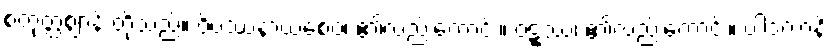
စတုတ္ထဈာန် တို့သည်။ ဝိပဿနာယစေဝ၊ ၏လည်းကောင်း။ ဝဋ္ဋဿ၊ ၏လည်းကောင်း။ ပါဒကာနိ